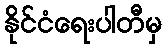
နိုင်ငံရေးပါတီမှ